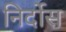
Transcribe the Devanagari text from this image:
निर्दोस